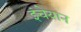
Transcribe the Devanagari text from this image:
इंचेयान